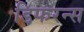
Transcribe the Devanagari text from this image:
डिफरन्स